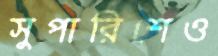
সুপারিশেও